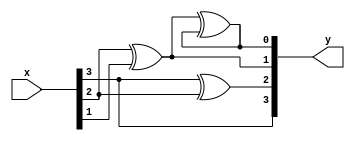
module BCD_TO_GRAY(y,x);
    input [3:0]x;
    output[3:0]y;
    
    xor x1(y[3],x[3],0);
    xor x2(y[2],x[3],x[2]);
    xor x3(y[1],x[2],x[1]);
    xor x4(y[0],y[1],y[0]);
endmodule

module testbench;
    reg [3:0]x;
    wire  [3:0]y;
    BCD_TO_GRAY mod(y,x);
    initial
    begin
		$dumpfile("BCD.vcd");
		$dumpvars();
		$monitor($time,"x=%4b,y=%4b",x,y);
        #0 x=4'b0000;
        repeat(9)
        #10 x=x + 4'b0001;
        #100 $finish;
    end
endmodule